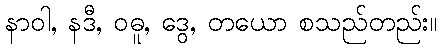
နာဝါ, နဒီ, ဝဓူ, ဒွေ, တယော စသည်တည်း။